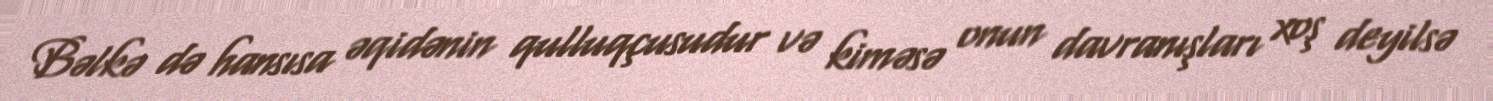
Bəlkə də hansısa əqidənin qulluqçusudur və kiməsə onun davranışları xoş deyilsə